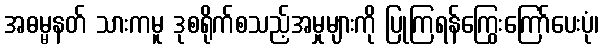
အဓမ္မနတ် သားကမူ ဒုစရိုက်စသည့်အမှုများကို ပြုကြရန်ကြွေးကြော်ပေးပုံ၊